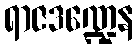
ရာဇဒဏ္ဍေန